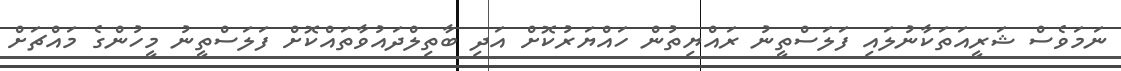
ނަމަވެސް ޝަރީއަތަކާނުލައި ފަލަސްތީނު ރައްޔިތުން ހައްޔަރުކޮށް އަދި ބާތިލްދައުވާތައްކޮށް ފަލަސްތީނު މީހުންގެ މައްޗަށް